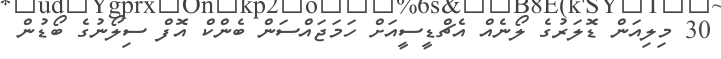
30 މިލިއަން ޑޮލަރުގެ ލޯނެއް އެޗްޑީސީއަށް ހަމަޖައްސަން ބެންކް އޮފް ސިލޯނުގެ ބޯޑުން